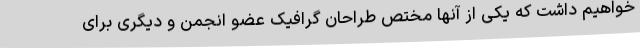
خواهیم داشت که یکی از آنها مختص طراحان گرافیک عضو انجمن و دیگری برای